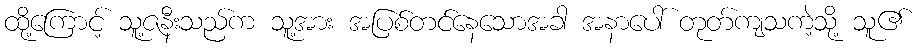
ထို့ကြောင့် သူ့ဇနီးသည်က သူ့အား အပြစ်တင်နေသောအခါ အနာပေါ် တုတ်ကျသကဲ့သို့ သူ၏